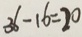
3 6 - 1 6 = 2 0